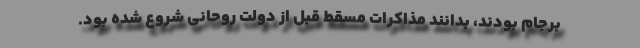
برجام بودند، بدانند مذاکرات مسقط قبل از دولت روحانی شروع شده بود.